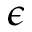
\epsilon